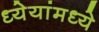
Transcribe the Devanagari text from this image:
ध्येयांमध्ये